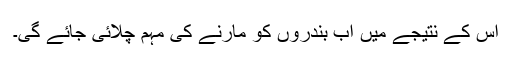
اس کے نتیجے میں اب بندروں کو مارنے کی مہم چلائی جائے گی۔